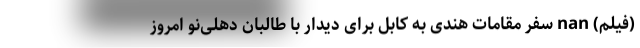
(فیلم) nan سفر مقامات هندی به کابل برای دیدار با طالبان دهلی‌نو امروز